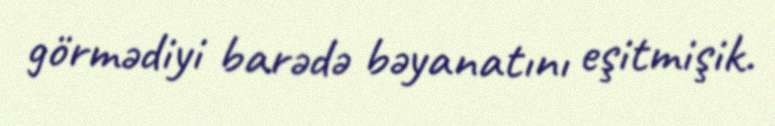
görmədiyi barədə bəyanatını eşitmişik.